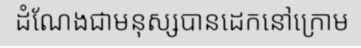
ដំណែងជាមនុស្សបានដេកនៅក្រោម